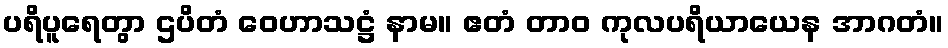
ပရိပူရေတွာ ဌပိတံ ဝေဟာသဋ္ဌံ နာမ။ ဧတံ တာဝ ကုလပရိယာယေန အာဂတံ။